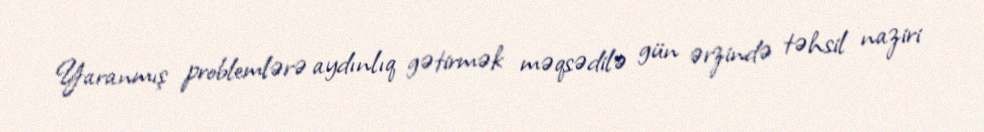
Yaranmış problemlərə aydınlıq gətirmək məqsədilə gün ərzində təhsil naziri